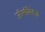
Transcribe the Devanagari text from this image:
जीसीबैंडज़